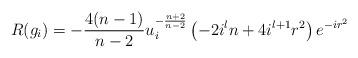
LaTeX: \begin{align*}R(g_{i}) = -\frac{4(n-1)}{n-2} u_{i}^{-\frac{n+2}{n-2}} \left( -2 i^{l} n + 4 i^{l+1} r^{2} \right) e^{-i r^{2}}\end{align*}